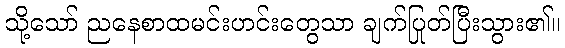
သို့သော် ညနေစာထမင်းဟင်းတွေသာ ချက်ပြုတ်ပြီးသွား၏။